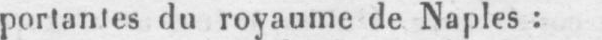
portantes du royaume de Naples: